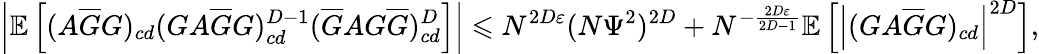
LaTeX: \left|\mathbb{E}\left[(A\overline{{G}}G)_{cd}(GA\overline{{G}}G)_{cd}^{D-1}(\overline{{G}}AG\overline{{G}})_{cd}^{D}\right]\right|\leqslant N^{2D\varepsilon}(N\Psi^{2})^{2D}+N^{-\frac{2D\varepsilon}{2D-1}}\mathbb{E}\left[\left|(GA\overline{{G}}G)_{cd}\right|^{2D}\right],